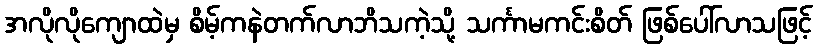
အလိုလိုကျောထဲမှ စိမ့်ကနဲတက်လာဘိသကဲ့သို့ သင်္ကာမကင်းစိတ် ဖြစ်ပေါ်လာသဖြင့်